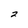
Character: 2